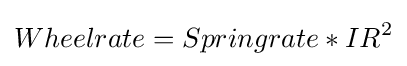
Wheelrate={Springrate}*{IR^{2}}